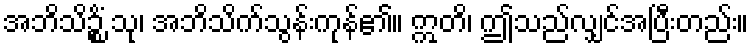
အဘိသိဉ္စိံ သု၊ အဘိသိက်သွန်းကုန်၏။ ဣတိ၊ ဤသည်လျှင်အပြီးတည်း။